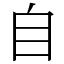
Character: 自